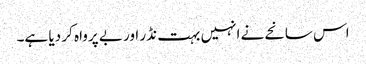
اس سانحے نے انہیں بہت نڈر اور بے پرواہ کر دیا ہے۔